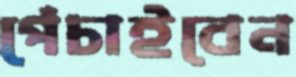
পেঁচাইবেন